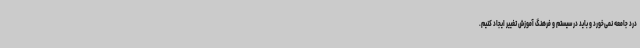
درد جامعه نمی‌خورد و باید در سیستم و فرهنگ آموزش تغییر ایجاد کنیم.